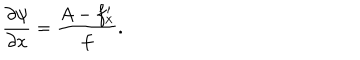
\frac { \partial \psi } { \partial x } = \frac { A - f _ { x } ^ { \prime } } { f } .